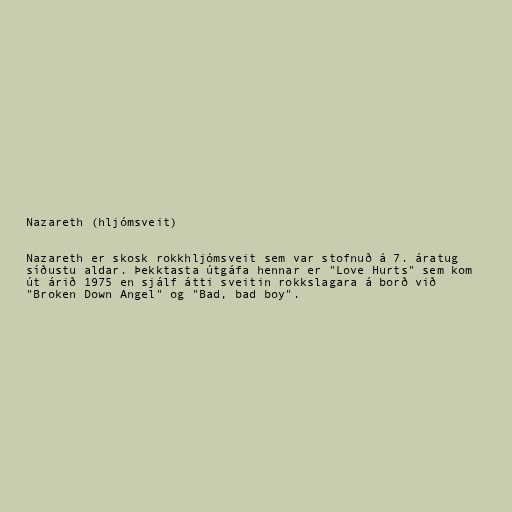
Nazareth (hljómsveit)

Nazareth er skosk rokkhljómsveit sem var stofnuð á 7. áratug
síðustu aldar. Þekktasta útgáfa hennar er "Love Hurts" sem kom
út árið 1975 en sjálf átti sveitin rokkslagara á borð við
"Broken Down Angel" og "Bad, bad boy".